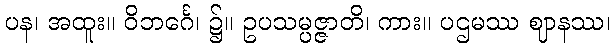
ပန၊ အထူး။ ဝိဘင်္ဂေ၊ ၌။ ဥပသမ္ပဇ္ဇာတိ၊ ကား။ ပဌမဿ ဈာနဿ၊